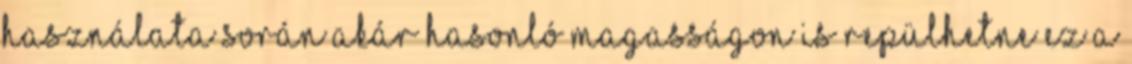
használata során akár hasonló magasságon is repülhetne Ez a